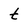
Character: t